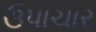
ઉપાચાર